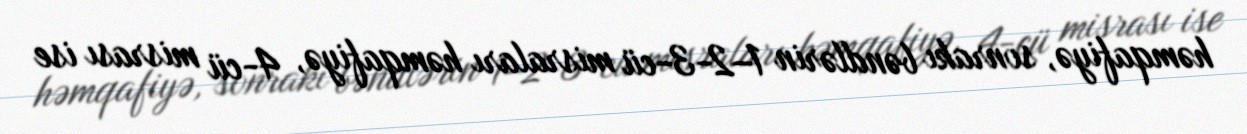
həmqafiyə, sonrakı bəndlərin 1–2-3-cü misraları həmqafiyə, 4-cü misrası ise